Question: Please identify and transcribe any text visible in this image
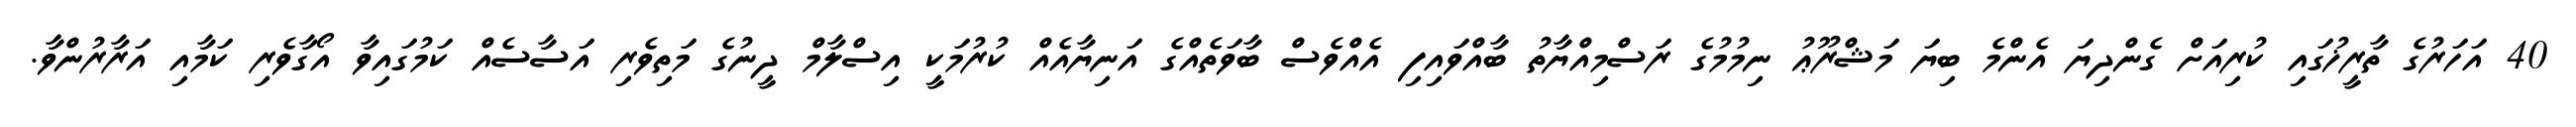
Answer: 40 އަހަރުގެ ތާރީޚުގައި ކުރިއަށް ގެންދިޔަ އެންމެ ބިޔަ މަޝްރޫޢު ނިމުމުގެ ރަސްމިއްޔާތު ބާއްވައިފި އެއްވެސް ބާވަތެއްގެ އަނިޔާއެއް ކުރުމަކީ އިސްލާމް ދީނުގެ މަތިވެރި އަސާސެއް ކަމުގައިވާ އޯގާވެރި ކަމާއި އަރާރުންވާ.